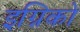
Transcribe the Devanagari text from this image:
इग्निको